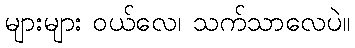
များများ ဝယ်လေ၊ သက်သာလေပဲ။